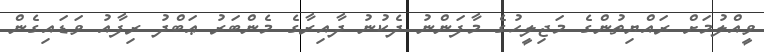
ވީއްލުމަށް ރައްޔިތުންގެ މަޖިލީހުގެ މާފަންނު ދެކުނު ދާއިރާގެ މެންބަރު ޢަބްދު ރިފާއު ވަޑައިގެން